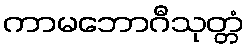
ကာမဘောဂီသုတ္တံ